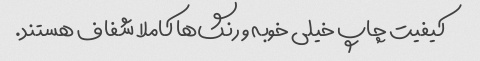
کیفیت چاپ خیلی خوبه و رنگ‌ها کاملا شفاف هستند.